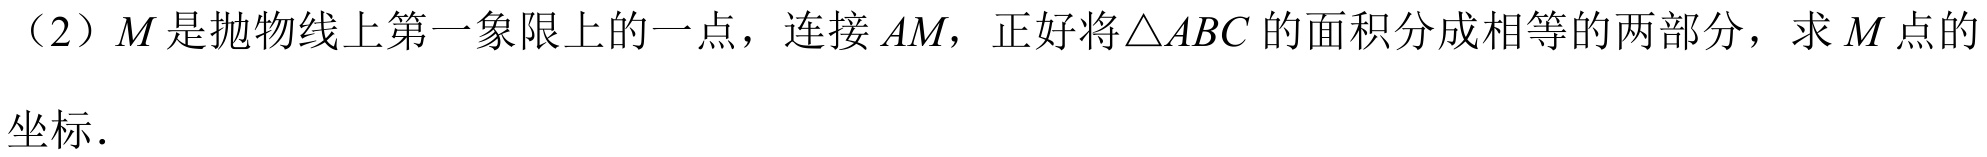
（2）\(M\)是抛物线上第一象限上的一点，连接\(AM\)，正好将\(\triangle ABC\)的面积分成相等的两部分，求\(M\)点的
坐标.